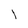
Character: l